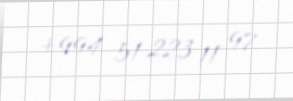
+994 51 223 11 97